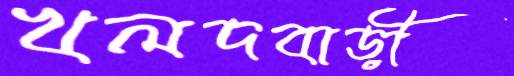
খলদবাড়ী